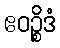
ဧဝဉ္စိဒံ